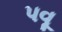
પવૂ